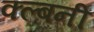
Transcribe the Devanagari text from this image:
क्ल्बनी